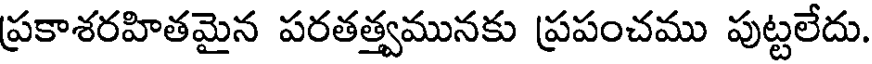
ప్రకాశరహితమైన పరతత్త్వమునకు ప్రపంచము పుట్టలేదు.